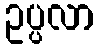
ဥပ္ပလာ